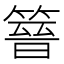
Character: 𥰸